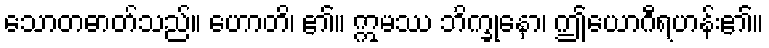
သောတဓာတ်သည်။ ဟောတိ၊ ၏။ ဣမဿ ဘိက္ခုနော၊ ဤယောဂီရဟန်း၏။